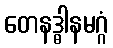
တေနဒ္ဓါနမဂ္ဂံ